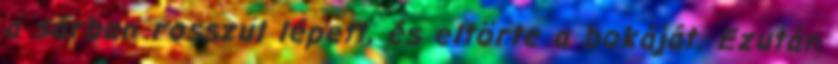
a sárban rosszul lépett, és eltörte a bokáját. Ezután